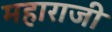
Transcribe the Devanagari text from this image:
महाराजी